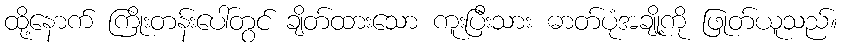
ထို့နောက် ကြိုးတန်းပေါ်တွင် ချိတ်ထားသော ကူးပြီးသား ဓာတ်ပုံအချို့ကို ဖြုတ်ယူသည်။